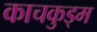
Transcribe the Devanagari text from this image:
काचकुड्म